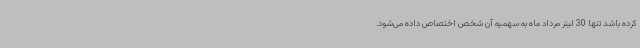
کرده باشد تنها 30 لیتر مرداد ماه به سهمیه آن شخص اختصاص داده می‌شود.